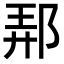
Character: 𨛓